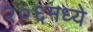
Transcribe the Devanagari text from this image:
२०६मध्ये